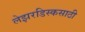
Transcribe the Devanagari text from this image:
लेझरडिस्कसाठी